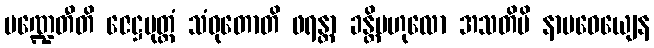
မဏ္ဍေတီတိ ဇေဋ္ဌပုတ္တံ သံဝုတောတိ ဖရန္တာ ခန္တိဗဟုလော အသတိပိ နာမဓေယျေန